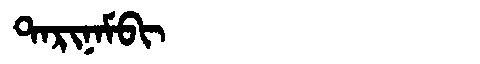
Manchu: ᡨᠠᡵᡳᠨᠠᠮᠪᡳ
Romanization: TARINAMBI